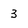
Character: 3